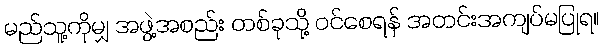
မည်သူ့ကိုမျှ အဖွဲ့အစည်း တစ်ခုသို့ ဝင်စေရန် အတင်းအကျပ်မပြုရ။